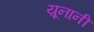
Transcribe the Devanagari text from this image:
य़ूनानी